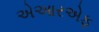
એઆરએફ